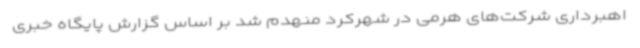
اهبرداری شرکت‌های هرمی در شهرکرد منهدم شد بر اساس گزارش پایگاه خبری